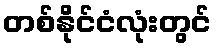
တစ်နိုင်ငံလုံးတွင်